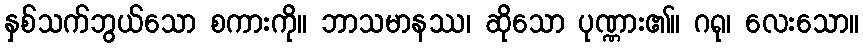
နှစ်သက်ဘွယ်သော စကားကို။ ဘာသမာနဿ၊ ဆိုသော ပုဏ္ဏား၏။ ဂရု၊ လေးသော။